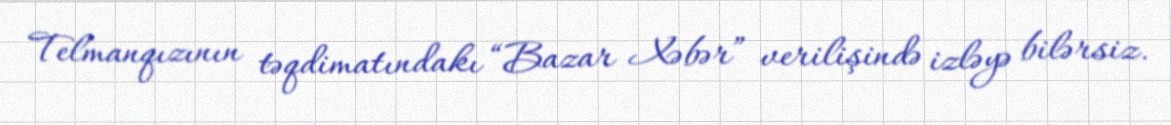
Telmanqızının təqdimatındakı “Bazar Xəbər” verilişində izləyə bilərsiz.